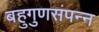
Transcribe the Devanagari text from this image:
बहुगुणसंपन्न